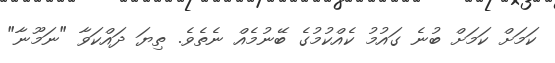
ކަމަށް ކަމަށް ބުނެ ގައުމު ކެއްކުމުގެ ބޭނުމެއް ނެތެވެ. ތިޔަ ދައްކަވާ "ނަމޫނާ"